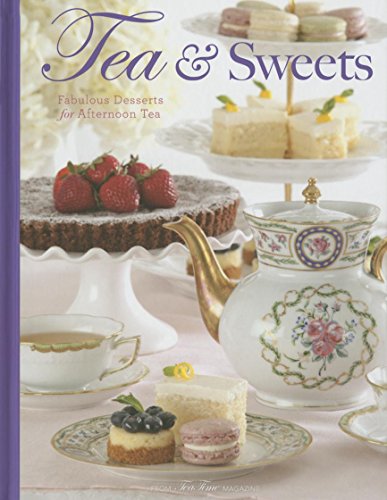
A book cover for Tea & Sweets: Fabulous Desserts for Afternoon Tea; Cookbooks, Food & Wine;